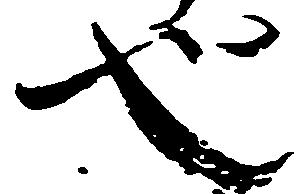
也